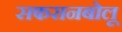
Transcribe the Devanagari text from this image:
सफरानबोलू